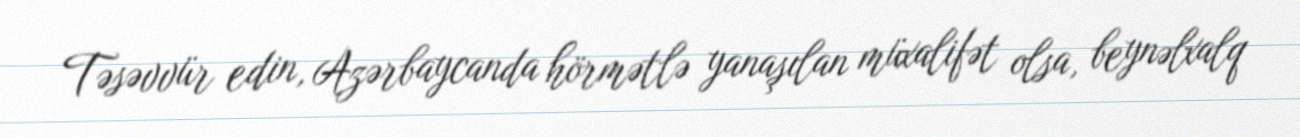
Təsəvvür edin, Azərbaycanda hörmətlə yanaşılan müxalifət olsa, beynəlxalq